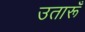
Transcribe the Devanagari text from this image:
उतारूँ